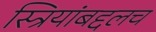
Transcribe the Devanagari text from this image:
स्त्रियांबद्दलच